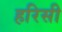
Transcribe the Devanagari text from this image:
हरिसी